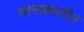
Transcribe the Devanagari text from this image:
नानाकालीन